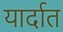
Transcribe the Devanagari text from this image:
यार्दात